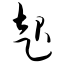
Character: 起